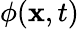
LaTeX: \phi(\mathbf{x},t)